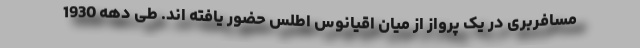
مسافربری در یک پرواز از میان اقیانوس اطلس حضور یافته اند. طی دهه 1930